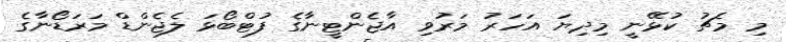
މި މެޗު ކުޅޭނީ މިދިޔަ އަހަރު މަރުވި އާޖެންޓީނާގެ ފުޓްބޯޅަ ލެޖެންޑް މަރަޑޯނާގެ